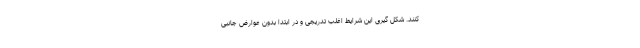
کنند. شکل گیری این شرایط اغلب تدریجی و در ابتدا بدون عوارض جانبی